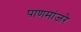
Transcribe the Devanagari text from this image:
पाणमांजरे